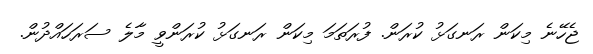
ޖެހޭނެ މިކަން ރަނގަޅު ކުރަން. ފުރަތަމަ މިކަން ރަނގަޅު ކުރަންވީ މާލެ ސަރަހަައްދުން.